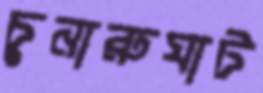
চুনারুঘাট